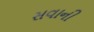
સવાની